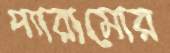
প্যারামোর